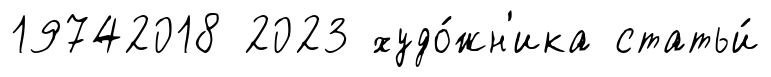
19742018 2023 худо́жн'ика статьи́